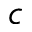
c